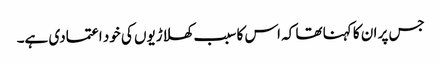
جس پر ان کا کہنا تھا کہ اس کا سبب کھلاڑیوں کی خود اعتمادی ہے۔